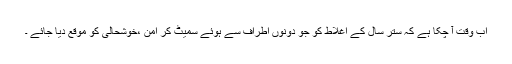
اب وقت آ چکا ہے کہ ستر سال کے اغلاط کو جو دونوں اطراف سے ہوئے سمیٹ کر امن ،خوشحالی کو موقع دیا جائے ۔